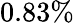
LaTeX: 0.83\%